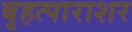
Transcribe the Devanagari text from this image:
बृहत्पाराशर